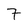
Character: 7